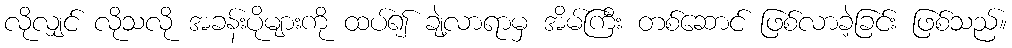
လိုလျှင် လိုသလို အခန်းပိုများကို ထပ်၍ ချဲ့လာရာမှ အိမ်ကြီး တစ်ဆောင် ဖြစ်လာခဲ့ခြင်း ဖြစ်သည်။